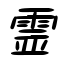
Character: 霊